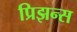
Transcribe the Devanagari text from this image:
प्रिझन्स